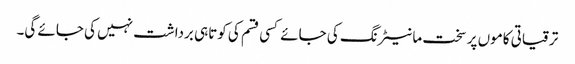
ترقیاتی کاموں پر سخت مانیٹرنگ کی جائے کسی قسم کی کوتاہی برداشت نہیں کی جائے گی۔